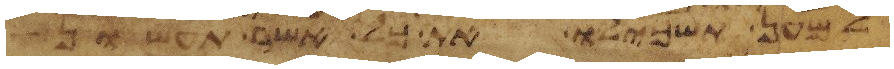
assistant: למען תשכילו את כל אשר תעשון